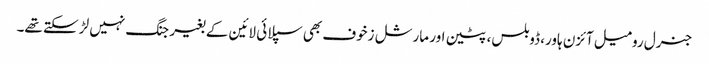
جنرل رومیل آئزن ہاور، ڈوبلس، پٹین اور مارشل زخوف بھی سپلائی لائین کے بغیر جنگ نہیں لڑ سکتے تھے۔